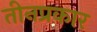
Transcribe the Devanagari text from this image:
तीनप्रकार